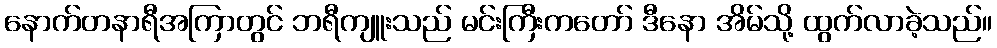
နောက်တနာရီအကြာတွင် ဘရီကျူးသည် မင်းကြီးကတော် ဒီနော အိမ်သို့ ထွက်လာခဲ့သည်။